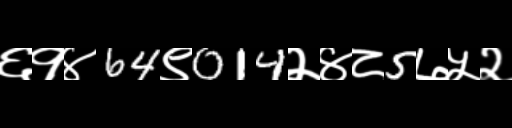
Text: ६१४64९014२४८5७५२